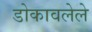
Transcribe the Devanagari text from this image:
डोकावलेले